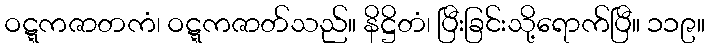
ဝဋ္ဋကဇာတကံ၊ ဝဋ္ဋကဇာတ်သည်။ နိဋ္ဌိတံ၊ ပြီးခြင်းသို့ရောက်ပြီ။ ၁၁၉။